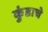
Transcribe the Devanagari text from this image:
कुंडाचे